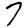
Digit: 7